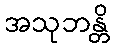
အသုဘန္တိ